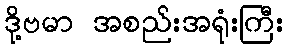
ဒို့ဗမာ အစည်းအရုံးကြီး